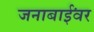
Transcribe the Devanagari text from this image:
जनाबाईंवर